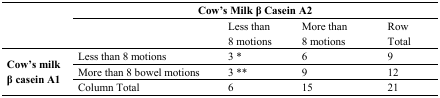
<table><thead><tr><td></td><td colspan="4"><b>Cow’s Milk β Casein A2</b></td></tr><tr><td></td><td></td><td><b>Less than 8 motions</b></td><td><b>More than 8 motions</b></td><td><b>Row Total</b></td></tr></thead><tbody><tr><td rowspan="3"><b>Cow’s milk β casein A1 </b></td><td>Less than 8 motions</td><td>3 *</td><td>6</td><td>9</td></tr><tr><td>More than 8 bowel motions</td><td>3 **</td><td>9</td><td>12</td></tr><tr><td>Column Total</td><td>6</td><td>15</td><td>21</td></tr></tbody></table>